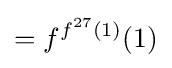
=f^{f^{27}(1)}(1)